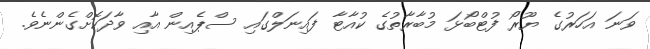
ވަަނަ އަހަރުގެ ޔޫރޯ ފުުުުޓްބޯޅަ މުބާރާތުގެ ކުއާޓާ ފައިނަލްގައި ސްޕެއިން އާއި ވާދަކޮށްގެންނެވެ.